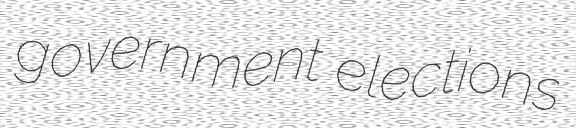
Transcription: government elections